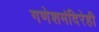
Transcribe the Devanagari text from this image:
गणेशमंदिरेही